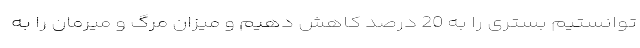
توانستیم بستری را به 20 درصد کاهش دهیم و میزان مرگ و میرمان را به